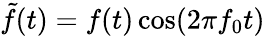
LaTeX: \tilde{f}(t)=f(t)\cos(2\pi f_{0}t)